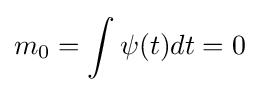
m_{0}=\int \psi (t)dt=0